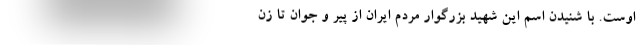
اوست. با شنیدن اسم این شهید بزرگوار مردم ایران از پیر و جوان تا زن